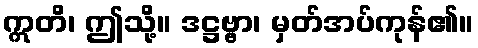
ဣတိ၊ ဤသို့။ ဒဋ္ဌဗ္ဗာ၊ မှတ်အပ်ကုန်၏။